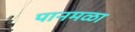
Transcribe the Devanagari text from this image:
पानमळा